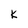
Character: K